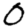
Digit: 0